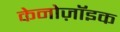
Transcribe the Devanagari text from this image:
केनोज़ॉइक